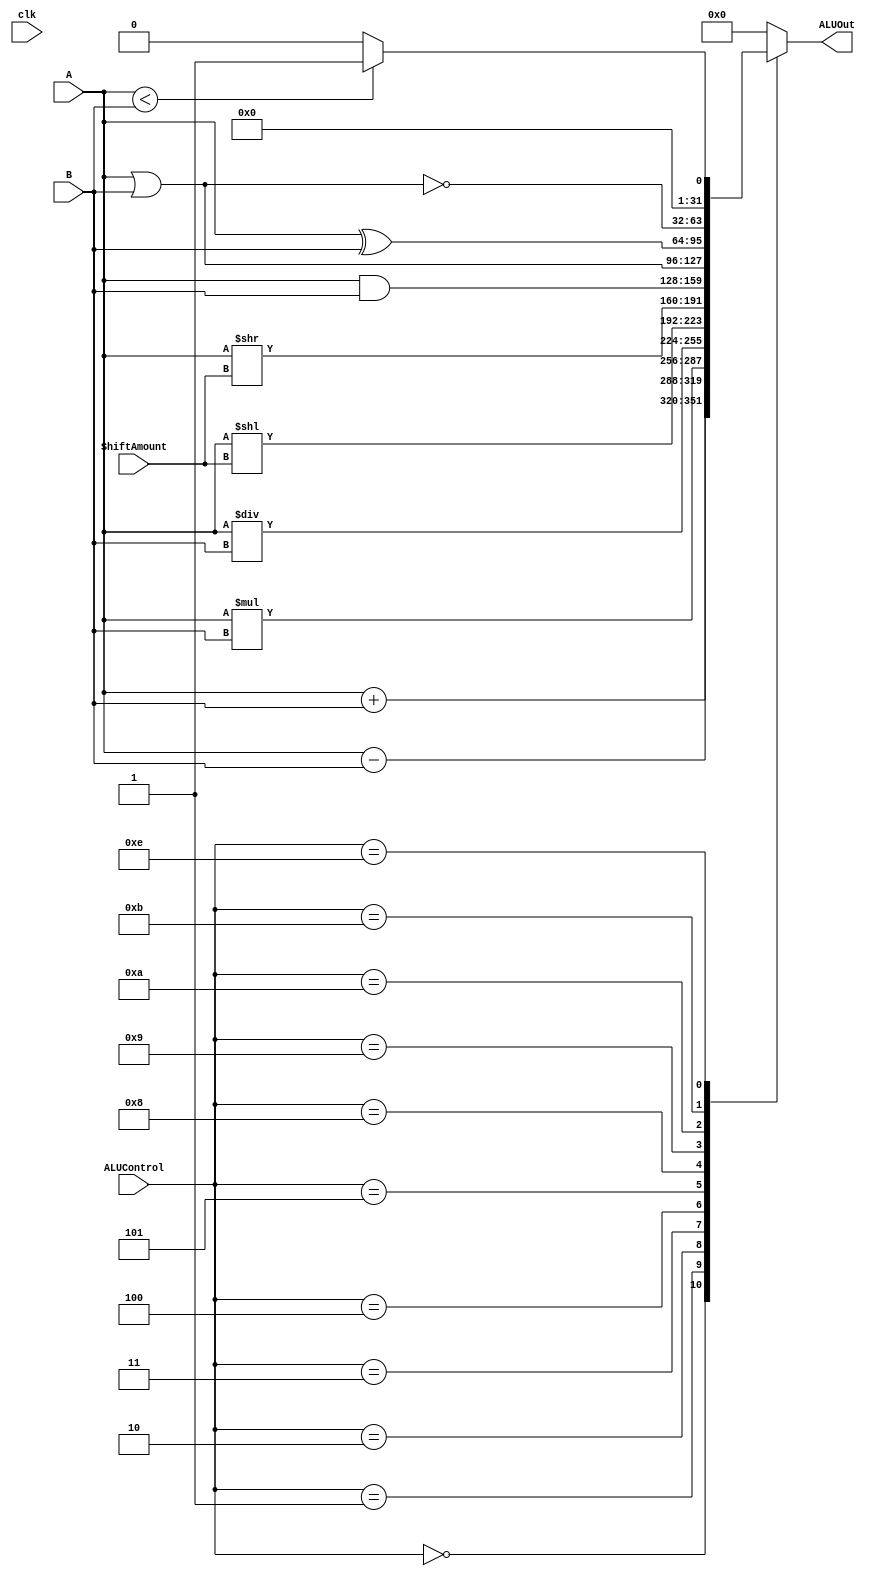
module ALU(
	 input	clk,
    input [31:0] A, // 32-bit input A
    input [31:0] B, // 32-bit input B
    input [3:0] ALUControl, // 4-bit ALU control
    input [4:0] ShiftAmount, // 5-bit input for shift amount
    output reg [31:0] ALUOut, // 32-bit output
    //output reg Zero // Zero flag (omar edit)
   // output reg Overflow, // Overflow flag
   // output reg CarryOut // Carry-out flag
);
reg Overflow;
reg CarryOut;

always @(*) begin
    case(ALUControl)
        4'b0000: ALUOut <= A + B; // Addition (signed)
        4'b0001: ALUOut <= A - B; // Subtraction (signed)
        4'b0010: ALUOut <= A * B; // Multiplication (signed)
        4'b0011: ALUOut <= A / B; // Division (signed/unsigned)
        4'b0100: ALUOut <= A << ShiftAmount; // Logical shift left
        4'b0101: ALUOut <= A >> ShiftAmount; // Logical shift right
    //  4'b0110: ALUOut <= {A[30:0], A[31]}; // Rotate left ERROR
    //  4'b0111: ALUOut <= {A[0], A[31:1]}; // Rotate right ERROR
        4'b1000: ALUOut <= A & B; // Logical AND
        4'b1001: ALUOut <= A | B; // Logical OR
        4'b1010: ALUOut <= A ^ B; // Logical XOR
        4'b1011: ALUOut <= ~(A | B); // Logical NOR
   //   4'b1100: ALUOut <= ~(A & B); // Logical NAND ERROR
   //   4'b1101: ALUOut <= ~(A ^ B); // Logical XNOR ERROR
        4'b1110: if(A<B) begin ALUOut <=32'b1 ; end else begin ALUOut <=32'b0; end //ALUOut <= (A > B) ? 32'b1 : 32'b0; => Greater comparison ERROR so convert to slt

   //   4'b1111: ALUOut <= (A == B) ? 32'b1 : 32'b0; // Equal comparison ERROR 


        default: ALUOut <= 32'b0; // Default operation
    endcase
end

always @(posedge clk) begin
    if (ALUControl == 4'b0000) begin // Addition (signed)
        Overflow <= (A[31] == B[31] && A[31] != ALUOut[31]);
        CarryOut <= (A[31] & B[31]) | (A[31] & ALUOut[31]) | (B[31] & ALUOut[31]);
    end else if (ALUControl == 4'b0001) begin // Subtraction (signed)
        Overflow <= (A[31] != B[31] && A[31] != ALUOut[31]);
        CarryOut <= (A[31] & B[31]) | (A[31] & ALUOut[31]) | (B[31] & ALUOut[31]);
    end else if (ALUControl == 4'b0010) begin // Multiplication (signed)
        Overflow <= (A[31] == B[31] && A[31] != ALUOut[31]);
        CarryOut <= 1'b0; // No carry-out for multiplication
    end else if (ALUControl == 4'b0011) begin // Division (signed/unsigned)
        Overflow <= (B == 32'b0); // Detect division by zero
        CarryOut <= 1'b0;
    end else begin
        Overflow <= 1'b0;
        CarryOut <= 1'b0;
    end
end

endmodule